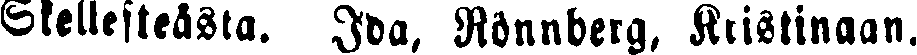
Skellefteåsta. Ida, Rönnberg, Kristinaan.